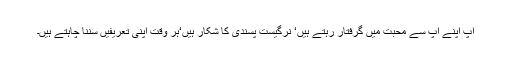
آپ اپنے آپ سے محبت میں گرفتار رہتے ہیں‘ نرگیست پسندی کا شکار ہیں‘ہر وقت اپنی تعریفیں سننا چاہتے ہیں۔